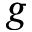
g